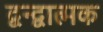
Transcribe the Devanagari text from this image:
द्वन्द्वात्मक